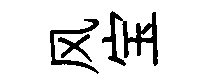
风宝